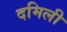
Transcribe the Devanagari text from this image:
दमिली